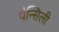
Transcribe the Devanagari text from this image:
पेन्सिली